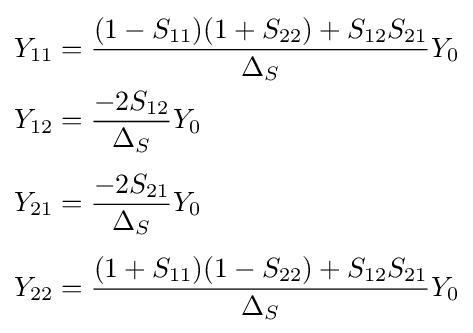
{\begin{aligned}Y_{11}&={(1-S_{11})(1+S_{22})+S_{12}S_{21} \over \Delta _{S}}Y_{0}\\Y_{12}&={-2S_{12} \over \Delta _{S}}Y_{0}\\[4pt]Y_{21}&={-2S_{21} \over \Delta _{S}}Y_{0}\\[4pt]Y_{22}&={(1+S_{11})(1-S_{22})+S_{12}S_{21} \over \Delta _{S}}Y_{0}\end{aligned}}